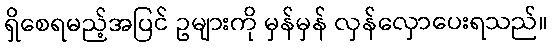
ရှိစေရမည့်အပြင် ဥများကို မှန်မှန် လှန်လှောပေးရသည်။